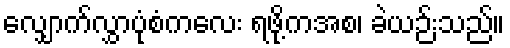
လျှောက်လွှာပုံစံကလေး ရဖို့ကအစ၊ ခဲယဉ်းသည်။